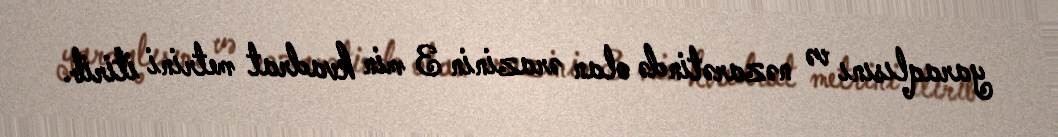
yaraqlısını və nəzarətində olan ərazinin 3 min kvadrat metrini itirib.